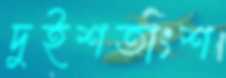
দুইশতাংশ